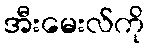
အီးမေးလ်ကို